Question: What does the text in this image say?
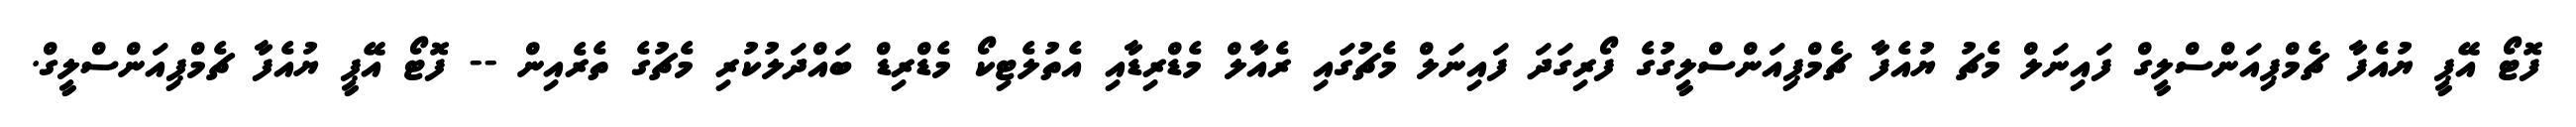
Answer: ފޮޓޯ އޭޕީ ޔުއެފާ ޗެމްޕިއަންސްލީގް ފައިނަލް މެޗު ޔުއެފާ ޗެމްޕިއަންސްލީގުގެ ފޯރިގަދަ ފައިނަލް މެޗުގައި ރެއާލް މެޑްރިޑާއި އެތުލެޓިކޯ މެޑްރިޑް ބައްދަލުކުރި މެޗުގެ ތެރެއިން -- ފޮޓޯ އޭޕީ ޔުއެފާ ޗެމްޕިއަންސްލީގް.